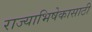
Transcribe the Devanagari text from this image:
राज्याभिषेकासाठी